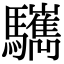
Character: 𩧎